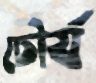
চৌর্য